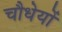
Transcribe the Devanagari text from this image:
चौधेयों